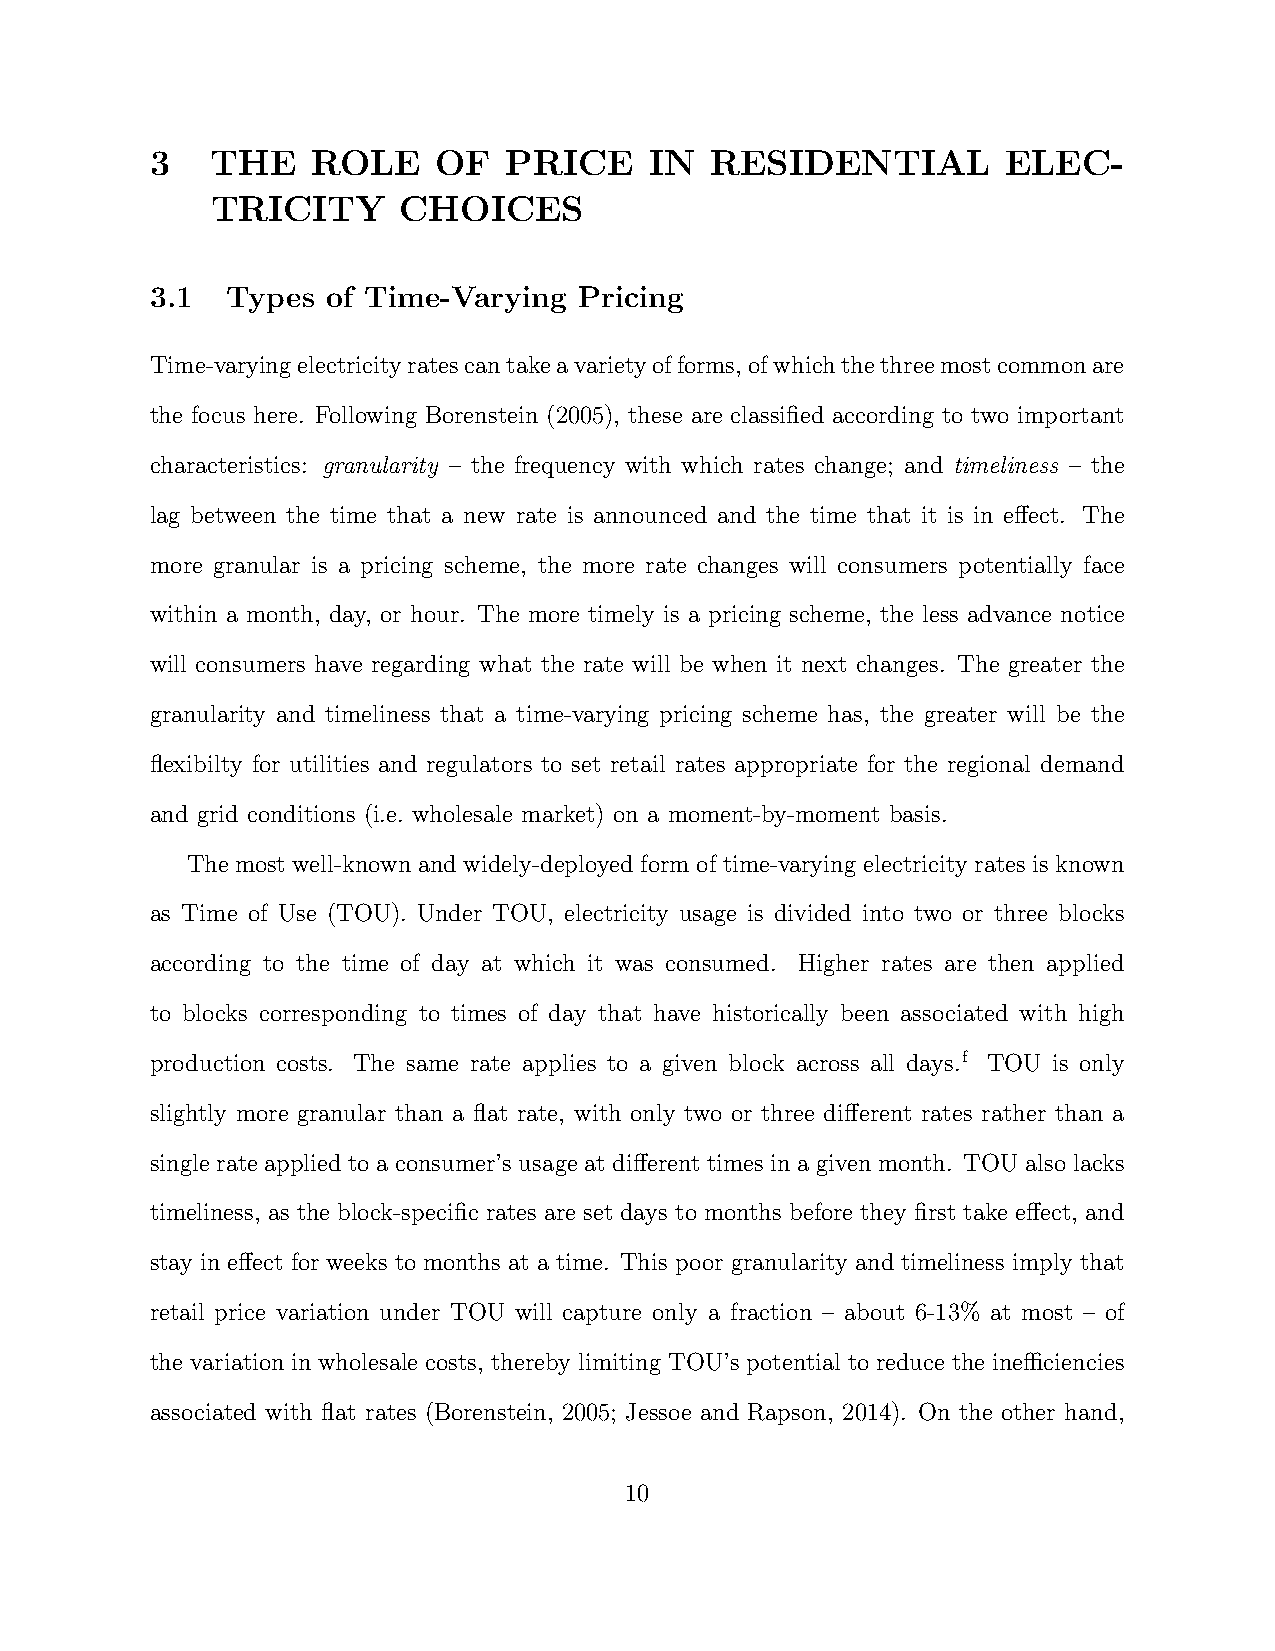
3   THE    ROLE    OF  PRICE     IN  RESIDENTIAL         ELEC-
 TRICITY     CHOICES
 3.1  Types  of Time-Varying Pricing
 Time-varyingelectricityratescantakeavarietyofforms,ofwhichthethreemostcommonare
 the focus here. Following Borenstein (2005), these are classified according to two important
 characteristics: granularity – the frequency with which rates change; and timeliness – the
 lag between the time that a new rate is announced and the time that it is in effect. The
 more granular is a pricing scheme, the more rate changes will consumers potentially face
 within a month, day, or hour. The more timely is a pricing scheme, the less advance notice
 will consumers have regarding what the rate will be when it next changes. The greater the
 granularity and timeliness that a time-varying pricing scheme has, the greater will be the
 flexibilty for utilities and regulators to set retail rates appropriate for the regional demand
 and grid conditions (i.e. wholesale market) on a moment-by-moment basis.
 The most well-known and widely-deployed form of time-varying electricity rates is known
 as Time of Use (TOU). Under TOU, electricity usage is divided into two or three blocks
 according to the time of day at which it was consumed. Higher rates are then applied
 to blocks corresponding to times of day that have historically been associated with high
 production costs. The same rate applies to a given block across all days.f TOU is only
 slightly more granular than a flat rate, with only two or three different rates rather than a
 single rate applied to a consumer’s usage at different times in a given month. TOU also lacks
 timeliness, as the block-specific rates are set days to months before they first take effect, and
 stay in effect for weeks to months at a time. This poor granularity and timeliness imply that
 retail price variation under TOU will capture only a fraction – about 6-13% at most – of
 the variation in wholesale costs, thereby limiting TOU’s potential to reduce the inefficiencies
 associated with flat rates (Borenstein, 2005; Jessoe and Rapson, 2014). On the other hand,
 10